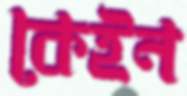
কেইন